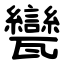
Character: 㽋